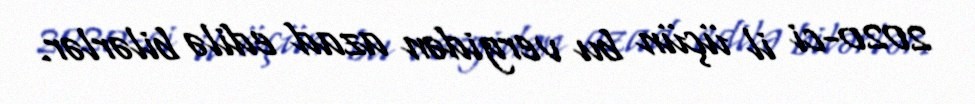
2020-ci il üçün bu vergidən azad edilə bilərlər.